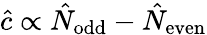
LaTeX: \hat{c}\propto\hat{N}_{\mathrm{odd}}-\hat{N}_{\mathrm{even}}